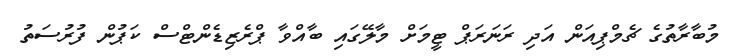
މުބާރާތުގެ ޗެމްޕިއަން އަދި ރަނަރަޕް ޓީމަށް މާލޭގައި ބާއްވާ ޕްރެޒިޑެންޓްސް ކަޕުން ފުރުސަތު